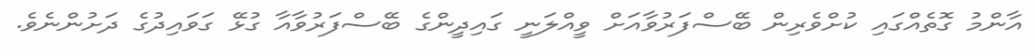
އާންމު ގޮތެއްގައި ކުށްވެރިން ބޭސްފަރުވާއަށް ވީއްލަނީ ގައިދީންގެ ބޭސްފަރުވާއާ ގުޅޭ ގަވައިދުގެ ދަށުންނެވެ.